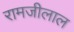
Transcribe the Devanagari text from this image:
रामजीलाल